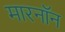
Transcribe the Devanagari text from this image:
मारनॉन